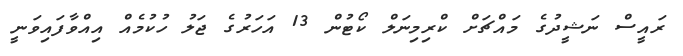
ރައީސް ނަޝީދުގެ މައްޗަށް ކްރިމިނަލް ކޯޓުން 13 އަހަރުގެ ޖަލު ހުކުމެއް އިއްވާފައިވަނީ